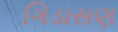
ગિડાસણ